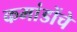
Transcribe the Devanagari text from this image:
कमांडोंचे